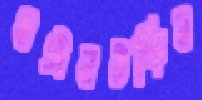
মঈনউদ্দিন